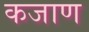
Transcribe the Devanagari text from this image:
कजाण